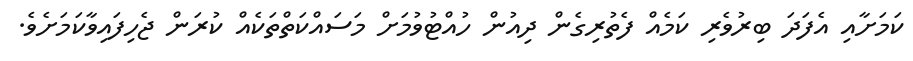
ކަމަށާއި އެފަދަ ބިރުވެރި ކަމެއް ފެތުރިގެން ދިއުން ހުއްޓުވުމަށް މަސައްކަތްތަކެއް ކުރަން ޖެހިފައިވާކަމަށެވެ.